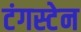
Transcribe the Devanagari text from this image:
टंगस्टेन